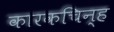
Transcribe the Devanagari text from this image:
कारकचिन्ह